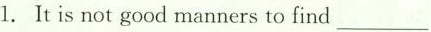
1. It is not good manners to find___